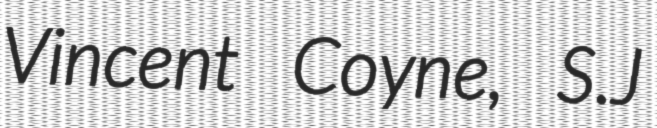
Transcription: Vincent Coyne, S.J